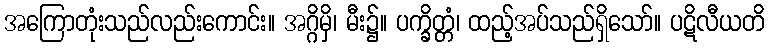
အကြောတုံးသည်လည်းကောင်း။ အဂ္ဂိမှိ၊ မီး၌။ ပက္ခိတ္တံ၊ ထည့်အပ်သည်ရှိသော်။ ပဋိလီယတိ